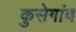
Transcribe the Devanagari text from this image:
कुसेगांव